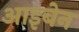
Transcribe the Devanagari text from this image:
आइबेन